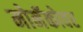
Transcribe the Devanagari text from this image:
मोनॅकोवर